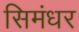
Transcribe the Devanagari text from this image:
सिमंधर